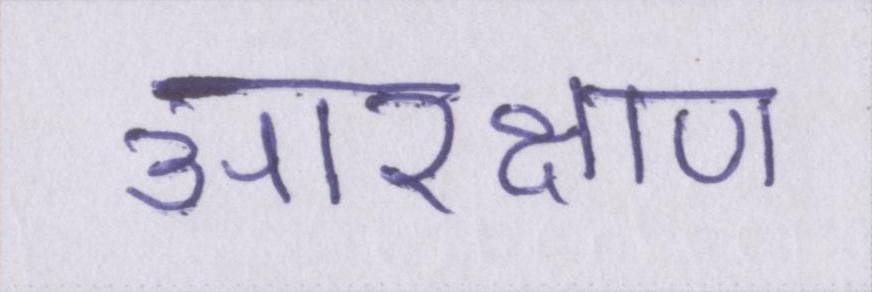
आरक्षण